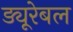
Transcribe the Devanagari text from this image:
ड्यूरेबल